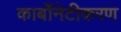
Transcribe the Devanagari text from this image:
कार्बोनेटीकरण